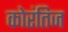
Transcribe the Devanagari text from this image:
कोरंतिज